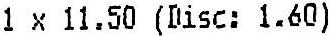
1 X 11.50 (DISC: 1.60)